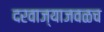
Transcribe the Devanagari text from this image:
दरवाज्याजवळच